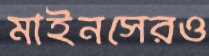
মাইনসেরও